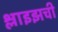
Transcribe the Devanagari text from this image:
श्लाइझची